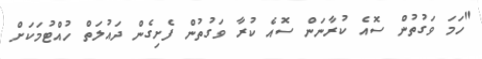
"ހަމަ ވަގުތުން ސޮއެ ކުރާނަން ސޮއެ ކުރާ ވަގުތުން ފެށިގެން ދައުލަތް ހުއްޓުމަކަށް